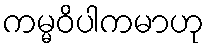
ကမ္မဝိပါကမာဟု